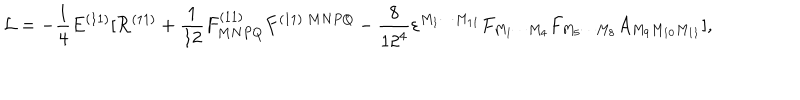
LaTeX: { \cal L } = - { \frac { 1 } { 4 } } E ^ { ( 1 1 ) } [ { \cal R } ^ { ( 1 1 ) } + { \frac { 1 } { 1 2 } } F _ { M N P Q } ^ { ( 1 1 ) } F ^ { ( 1 1 ) \ M N P Q } - { \frac { 8 } { 1 2 ^ { 4 } } } \varepsilon ^ { M _ { 1 } \cdots M _ { 1 1 } } F _ { M _ { 1 } \cdots M _ { 4 } } F _ { M _ { 5 } \cdots M _ { 8 } } A _ { M _ { 9 } M _ { 1 0 } M _ { 1 1 } } ] ,